Medical and sanitary report of the native army of Bengal for the year
Year: 1878
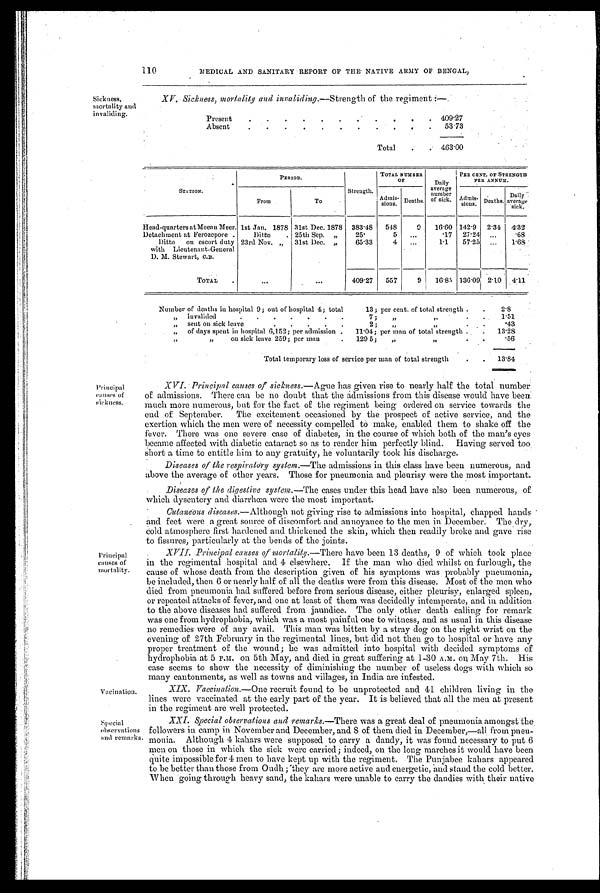
110
MEDICAL AND SANITARY REPORT OF THE NATIVE ARMY OF BENGAL,
Sickness,
mortality and
invaliding.
XV. Sickness, mortality and invaliding.—Strength of the regiment :—
Present
. .
.
. . . . 409.27
Absent
. .
.
.
.
. .
. .
53.73
Total
463.00
PERIOD.
Strength.
TOTAL NUMBER
OF
Daily
average number of sick.
PER CENT. OF STRENGTH
PER ANNUM.
STATION.
From.
T o .
Admis-
sions. Deaths.
Admis-
sions. Deaths.
Daily
average sick.
Head-quarters atMeenn Meer. 1st Jan. 1878 31st Dec. 1878 383.48 548
9 16.60 142.9 2.34 4 . 3 2
Detachment at Ferozepore.
Ditto. 25th Sep. „
25.
5 ...
.17 27.24 ...
.68
Ditto on escort duty
with Lieutenant-General
D. M. Stewart, C.B.
23rd Nov. „ 31st Dec. ,,
65.33
4
...
1.1 57.25 ... 1.68
TOTAL .
. . .
. . .
409.27 557
9 16.85 136.09 2.10 4.11
Number of deaths in hospital 9; out of hospital 4; total
13; per cent. of total strength . .
2.8
„ invalided.
. . . . . .
7 ; ,, ,,
1.51
,,
Sent on sick leave
. . . . .
2; „
,,
.43
„ of days spent in hospital 6,152; per admission . 11.04; per man of total strength . . 1 3 . 2 8
,, ,,
on sick leave 259; per man
. 129 5; ,,
,,
. .
.56
Total temporary loss of service per man of total strength
. . 13.84
Pincipal
causes of
sickness.
Principal
causes of
mortality.
Vacination.
Special
observations
and remarks
XVI. Principal causes of sickness.—Ague has given rise to nearly half the total number
of admissions. There can be no doubt that the admissions from this disease would have been
much more numerous, but for the fact of the regiment being ordered on service towards the
end of September. The excitement occasioned by the prospect of active service, and the
exertion which the men were of necessity compelled to make, enabled them to shake off the
fever. There was one severe case of diabetes, in the course of which both of the man's eyes
became affected with diabetic cataract so as to render him perfectly blind. Having served too
Short a time to entitle him to any gratuity, he voluntarily took his discharge.
Diseases of the respiratory system.— T h e a d m i s s i o n s i n t h i s c l a s s h a v e b e e n n u m e r o u s , a n d
above the average of other years. Those for pneumonia and pleurisy were the most important.
Diseases of the digestive system. —The cases under this head have also been numerous, of
which dysentery and diarrhœa were the most important.
Cutaneous diseases.—Although not giving rise to admissions into hospital, chapped hands
and feet were a great source of discomfort and annoyance to the men in December. The dry,.
Cold atmosphere first hardened and thickened the skin, which then readily broke and. gave rise
to fissures, particularly at the bends of the joints.
XVII. Principal causes of mortality. —There have been 13 deaths, 9 of which took place
in the regimental hospital and 4 elsewhere. If the man who died whilst on furlough, the
cause of whose death from the description given of his symptoms was probably pneumonia;
be included, then 6 or nearly half of all the deaths were from this disease. Most of the men Who.
died from pneumonia had suffered before from serious disease, either pleurisy, enlarged spleen,
or repeated attacks of fever, and one at least of them was decidedly intemperate, and in addition
to the above diseases had suffered from jaundice. The only other death calling for remark
was one from hydrophobia, which was a most painful one to witness, and as usual in this disease
no remedies were of any avail. This man was bitten by a stray dog on the right wrist on the
evening of 27th February in the regimental lines, but did not then go to hospital or have any
proper treatment of the wound; he was admitted into hospital with decided symptoms of
hydrophobia at 5 P.M. on 5th May, and died in great suffering at 1-30 A.M. on. May 7th. His
case seems to show the necessity of diminishing the number of useless dogs with which so
many cantonments, as well as towns and villages, in India are infested.
XIX. Vaccination.—One recruit found to be unprotected and 41 children living in the
lines were vaccinated at the early part of the year. It is believed that all the men at present
in the regiment are well protected.
XXI. Special observations and remarks.—There was a great deal of pneumonia amongst the.
followers in camp in November and December, and 8 of them died in December,—all from pneu-
monia. Although 4 kahars were supposed to carry a dandy, it was found necessary to put.6
men ou those in which the sick were carried; indeed, on the long marches it would have been
quite impossible for 4 men to have kept up with the regiment. The Punjabee kahars appeared
to be better than those from Oudh ; they are more active and energetic, and stand the cold better.
When going through heavy sand, the kahars were unable to carry the dandies with their native